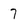
Character: 7